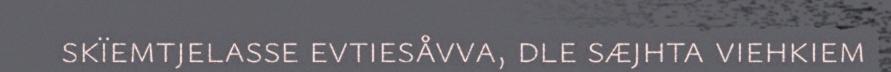
skïemtjelasse evtiesåvva, dle sæjhta viehkiem